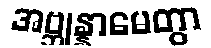
အဗ္ဘုန္နာမေတွာ